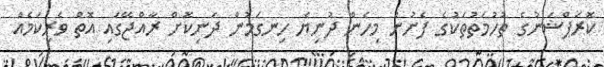
ކޮރަޕްޝަނުގެ ތުހުމަތުތަކުގެ ފެށުން މިހެން ދުނިޔެ ހިނގަމުން ދަނިކޮށް ރާއްޖޭގައި އޮތް ވެރިކަމެއް